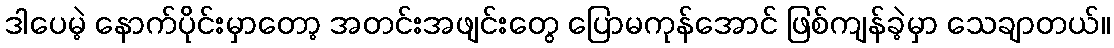
ဒါပေမဲ့ နောက်ပိုင်းမှာတော့ အတင်းအဖျင်းတွေ ပြောမကုန်အောင် ဖြစ်ကျန်ခဲ့မှာ သေချာတယ်။